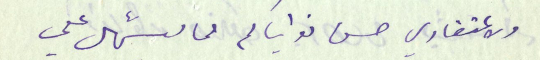
ولاعتقادي حسن نواياكم مما يسّهل علي